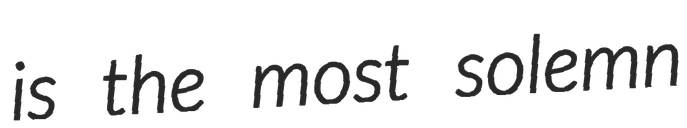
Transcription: is the most solemn